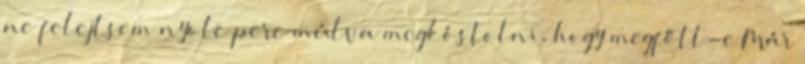
ne felejtsem nyolc perc múlva megkóstolni, hogy megfőtt-e Már